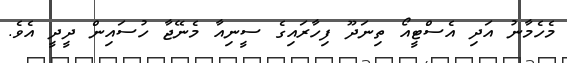
މެހެމާނު އަދި އެސްޓީއޯ ތިނަދޫ ފިހާރައިގެ ސީނިއާ މެނޭޖާ ހުސައިން ދީދީ އެވެ.